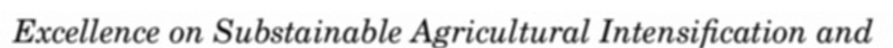
Excellence on Substainable Agricultural Intensification and